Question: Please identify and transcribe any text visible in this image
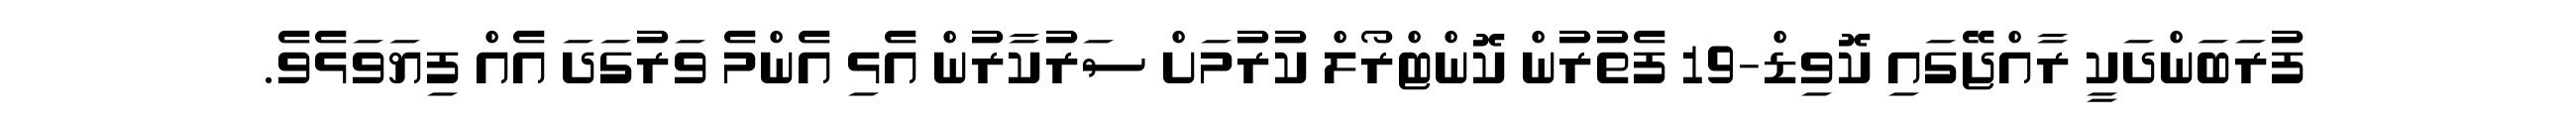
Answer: ފުރަބަންދަކީ ރާއްޖޭގައި ކޮވިޑް-19 ފެތުރުން ކޮންޓްރޯލް ކުރުމަށް ސަރުކާރުން އެޅި އެންމެ ވަރުގަދަ އެއް ފިޔަވަޅެވެ.